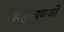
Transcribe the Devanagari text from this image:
सहस्रावधी